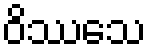
ဝိဿသေ